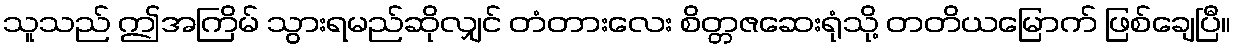
သူသည် ဤအကြိမ် သွားရမည်ဆိုလျှင် တံတားလေး စိတ္တဇဆေးရုံသို့ တတိယမြောက် ဖြစ်ချေပြီ။